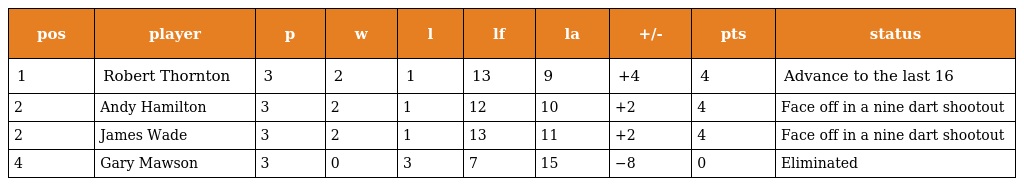
| pos | player | p | w | l | lf | la | +/- | pts | status |
 | --- | --- | --- | --- | --- | --- | --- | --- | --- | --- |
 | 1 | Robert Thornton | 3 | 2 | 1 | 13 | 9 | +4 | 4 | Advance to the last 16 |
 | 2 | Andy Hamilton | 3 | 2 | 1 | 12 | 10 | +2 | 4 | Face off in a nine dart shootout |
 | 2 | James Wade | 3 | 2 | 1 | 13 | 11 | +2 | 4 | Face off in a nine dart shootout |
 | 4 | Gary Mawson | 3 | 0 | 3 | 7 | 15 | −8 | 0 | Eliminated |